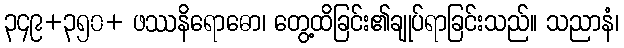
၃၄၉+၃၅၀+ ဖဿနိရောဓော၊ တွေ့ထိခြင်း၏ချုပ်ရာခြင်းသည်။ သညာနံ၊